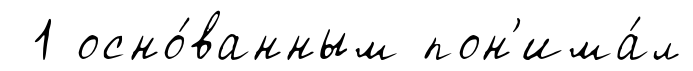
1 осно́ванным пон'има́л